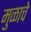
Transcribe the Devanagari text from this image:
मुळाचे